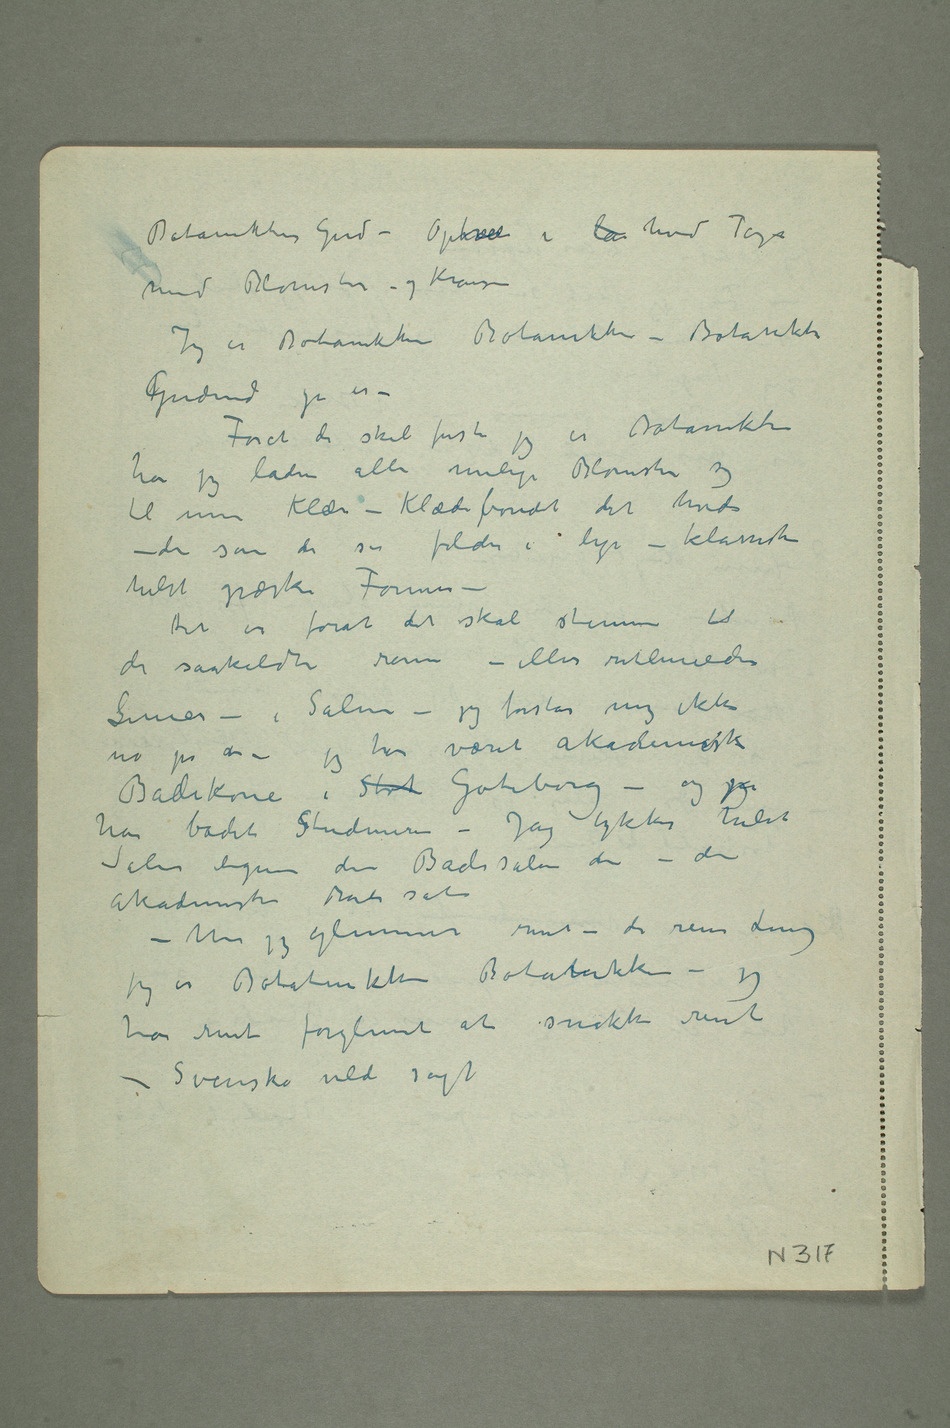
Jegmed Blomster – og Kranser
Jeg er Botanikken Botanikken – Botanikkens
kGudinde jei er –
Forat De skal forstå jeg er Botanikken
har jeg laden alle mulige Blomster sy
til mine Klær – Klædebonæt det hvide
– det som de ser folder i lyse – klassiske
helst græske Former –
Det er forat det skal stemme til
de særskildte rom – eller retliniede
Linier – i Salen – jeg forstår mig ikke no
har været akademisk
Badekone i Stok Göteborg – og
har badet Studinerne – Jag tykker helst
Salen ligner den Badesalen der – den
akademiske Badesal –
Men jeg glemmer rent – de rene Linier
jeg er Botanikken Botanikken – jeg
har rent forglemt at snakke rent